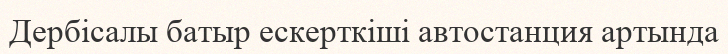
Дербісалы батыр ескерткіші автостанция артында